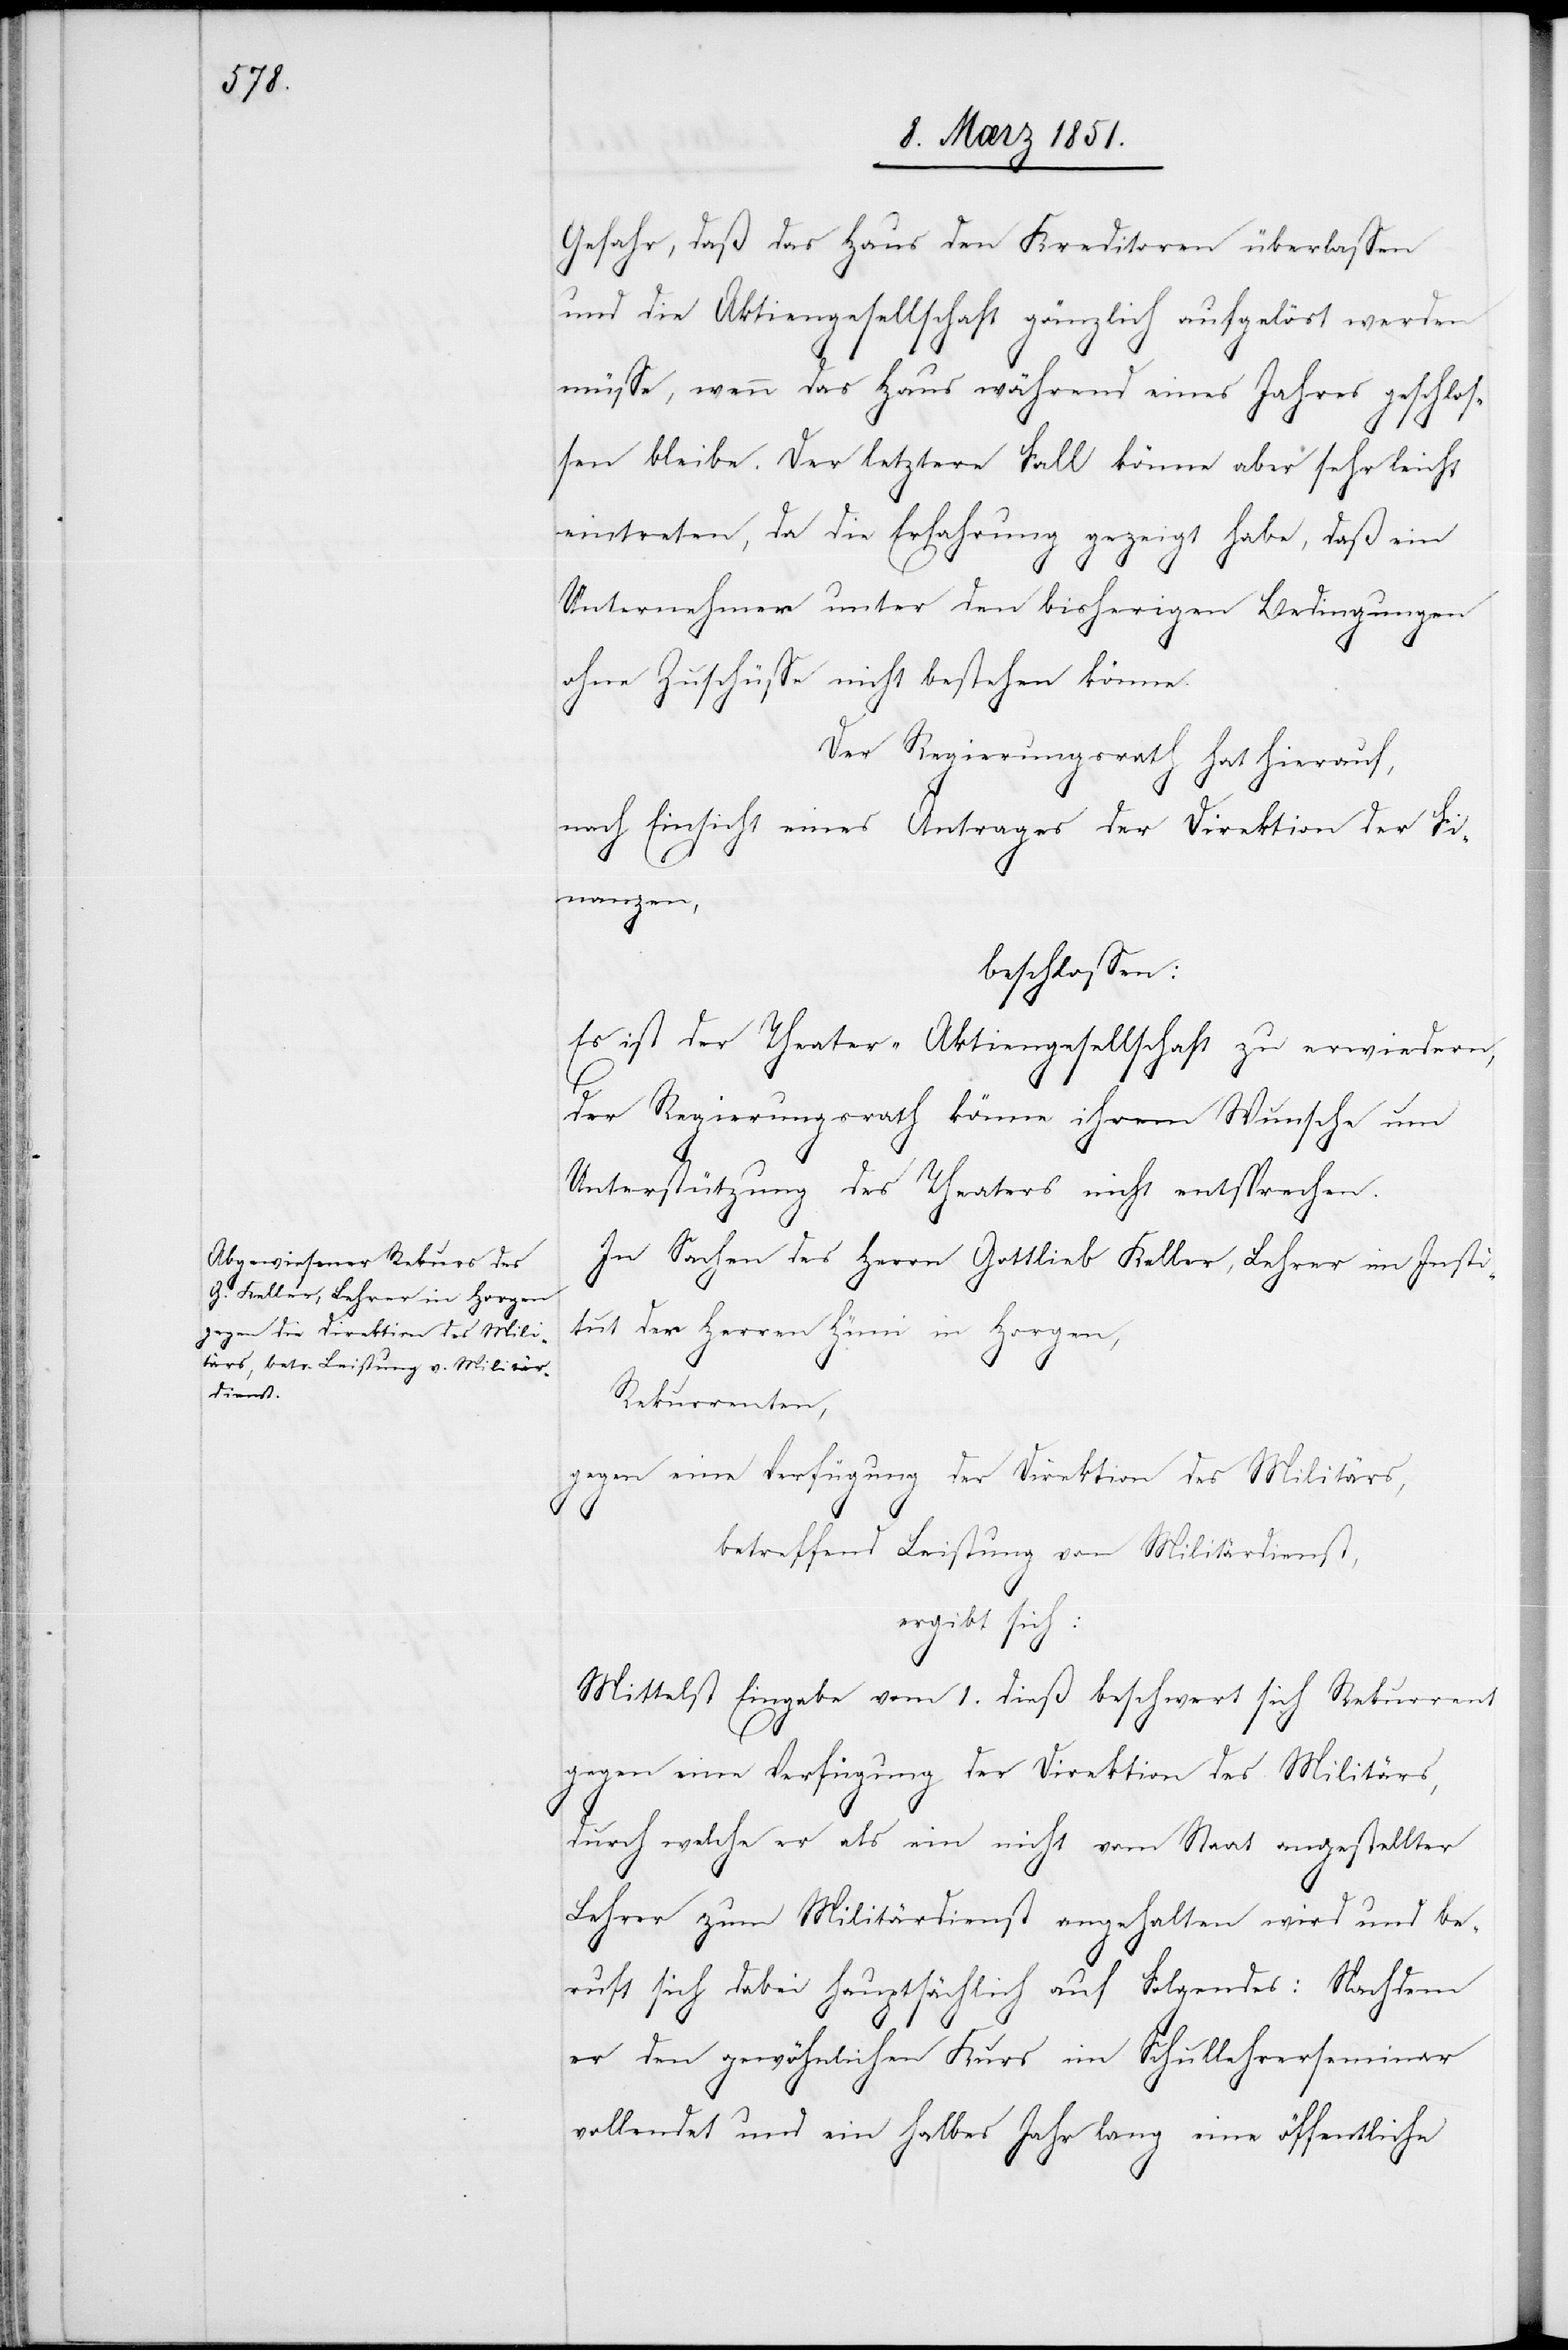
Gefahr, daß das Haus den Kreditoren überlassen
und die Aktiengesellschaft gänzlich aufgelöst werden
müsse, wenn das Haus während eines Jahres geschlos¬
sen bleibe. Der letztere Fall könne aber sehr leicht
eintreten, da die Erfahrung gezeigt habe, daß ein
Unternehmer unter den bisherigen Bedingungen
ohne Zuschüsse nicht bestehen könne.
Der Regierungsrath hat hierauf,
nach Einsicht eines Antrages der Direktion der Fi¬
nanzen,
beschlossen:
Es ist der Theater-Aktiengesellschaft zu erwiedern,
der Regierungsrath könne ihrem Wunsche um
Unterstützung des Theaters nicht entsprechen.
In Sachen des Herrn Gottlieb Keller, Lehrer im Insti¬
tut der Herren Hüni in Horgen,
Rekurrenten,
gegen eine Verfügung der Direktion des Militärs,
betreffend Leistung von Militärdienst,
ergibt sich:
Mittelst Eingabe vom 1. dieß beschwert sich Rekurrent
gegen eine Verfügung der Direktion des Militärs,
durch welche er als ein nicht vom Staat angestellter
Lehrer zum Militärdienst angehalten wird und be¬
ruft sich dabei hauptsächlich auf Folgendes: Nachdem
er den gewöhnlichen Kurs im Schullehrerseminar
vollendet und ein halbes Jahr lang eine öffentliche